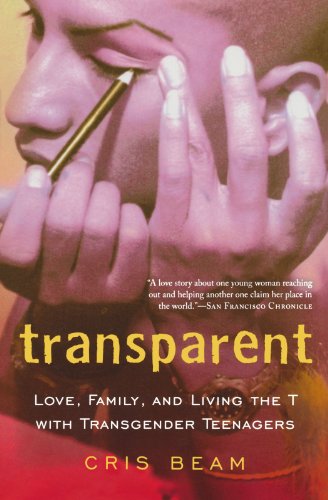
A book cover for Transparent: Love, Family, and Living the T with Transgender Teenagers; Cris Beam; Gay & Lesbian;